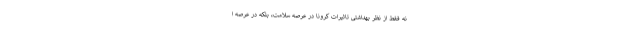
نه فقط از نظر بهداشتی تاثیرات کرونا در عرصه سلامت، بلکه در عرصه ا